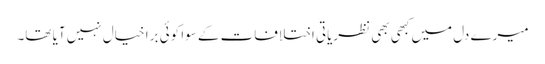
میرے دل میں کبھی بھی نظریاتی اختلافات کے سوا کوئی برا خیال نہیں آیا تھا۔